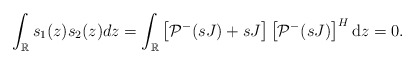
\begin{align*}\begin{aligned}\int_{\mathbb{R}} s_1(z) s_2(z) dz =\int_{\mathbb{R}}\left[\mathcal{P}^{-}(s J)+s J\right]\left[\mathcal{P}^{-}(sJ)\right]^{H} \mathrm{d}z=0.\end{aligned}\end{align*}